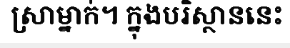
ស្រាម្នាក់។ ក្នុងបរិស្ថាននេះ